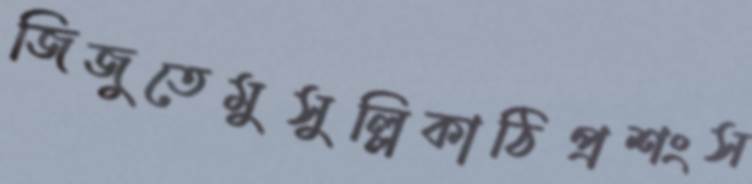
জিজুতেমুসুল্লিকাঠিপ্রশংস